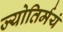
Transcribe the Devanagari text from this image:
ज्योतिर्मयं